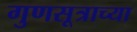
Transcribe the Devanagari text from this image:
गुणसूत्राच्या